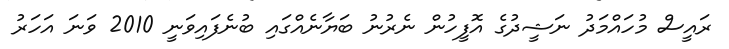
ރައީސް މުހައްމަދު ނަޝީދުގެ އޮފީހުން ނެރުނު ބަޔާނެއްގައި ބުނެފައިވަނީ 2010 ވަނަ އަހަރު